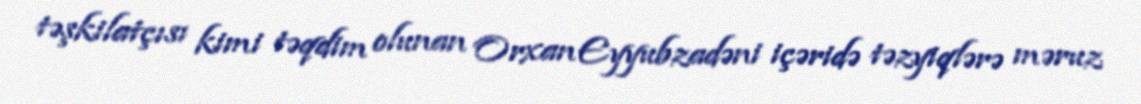
təşkilatçısı kimi təqdim olunan Orxan Eyyubzadəni içəridə təzyiqlərə məruz